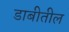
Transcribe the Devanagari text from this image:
डाबीतील